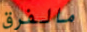
مالفرق